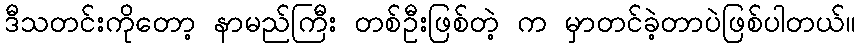
ဒီသတင်းကိုတော့ နာမည်ကြီး တစ်ဦးဖြစ်တဲ့ က မှာတင်ခဲ့တာပဲဖြစ်ပါတယ်။